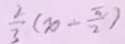
\frac { 2 } { 3 } ( x - \frac { \pi } { 2 } )